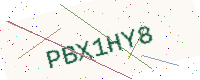
Text: PBX1HY8